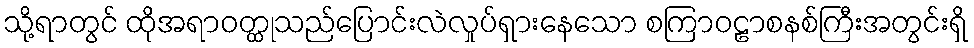
သို့ရာတွင် ထိုအရာဝတ္ထုသည်ပြောင်းလဲလှုပ်ရှားနေသော စကြာဝဠာစနစ်ကြီးအတွင်းရှိ